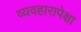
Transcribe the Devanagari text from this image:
व्यवहारापेक्षा